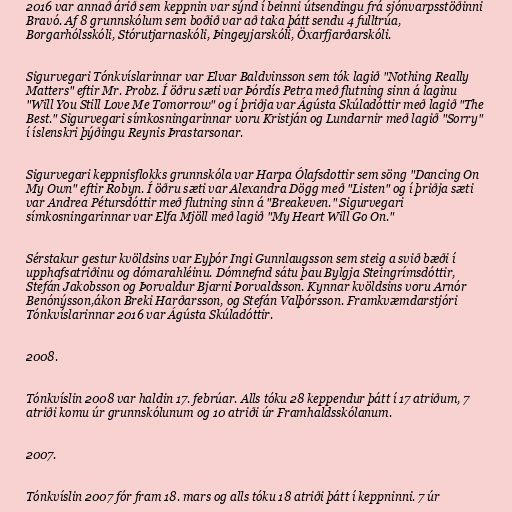
2016 var annað árið sem keppnin var sýnd í beinni útsendingu frá sjónvarpsstöðinni
Bravó. Af 8 grunnskólum sem boðið var að taka þátt sendu 4 fulltrúa,
Borgarhólsskóli, Stórutjarnaskóli, Þingeyjarskóli, Öxarfjarðarskóli.

Sigurvegari Tónkvíslarinnar var Elvar Baldvinsson sem tók lagið "Nothing Really
Matters" eftir Mr. Probz. Í öðru sæti var Þórdís Petra með flutning sinn á laginu
"Will You Still Love Me Tomorrow" og í þriðja var Ágústa Skúladóttir með lagið "The
Best." Sigurvegari símkosningarinnar voru Kristján og Lundarnir með lagið "Sorry"
í íslenskri þýðingu Reynis Þrastarsonar.

Sigurvegari keppnisflokks grunnskóla var Harpa Ólafsdottir sem söng "Dancing On
My Own" eftir Robyn. Í öðru sæti var Alexandra Dögg með "Listen" og í þriðja sæti
var Andrea Pétursdóttir með flutning sinn á "Breakeven." Sigurvegari
símkosningarinnar var Elfa Mjöll með lagið "My Heart Will Go On."

Sérstakur gestur kvöldsins var Eyþór Ingi Gunnlaugsson sem steig a svið bæði í
upphafsatriðinu og dómarahléinu. Dómnefnd sátu þau Bylgja Steingrímsdóttir,
Stefán Jakobsson og Þorvaldur Bjarni Þorvaldsson. Kynnar kvöldsins voru Arnór
Benónýsson,ákon Breki Harðarsson, og Stefán Valþórsson. Framkvæmdarstjóri
Tónkvíslarinnar 2016 var Ágústa Skúladóttir.

2008.

Tónkvíslin 2008 var haldin 17. febrúar. Alls tóku 28 keppendur þátt í 17 atriðum, 7
atriði komu úr grunnskólunum og 10 atriði úr Framhaldsskólanum.

2007.

Tónkvíslin 2007 fór fram 18. mars og alls tóku 18 atriði þátt í keppninni. 7 úr